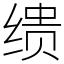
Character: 缋